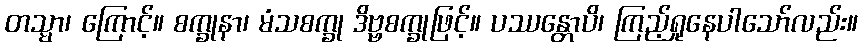
တသ္မာ၊ ကြောင့်။ စက္ခုနာ၊ မံသစက္ခု ဒိဗ္ဗစက္ခုဖြင့်။ ပဿန္တောပိ၊ ကြည့်ရှုနေပါသော်လည်း။